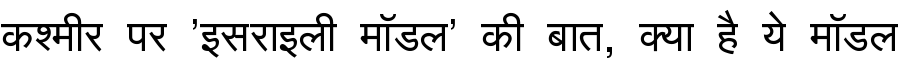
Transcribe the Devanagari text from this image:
कश्मीर पर 'इसराइली मॉडल' की बात, क्या है ये मॉडल